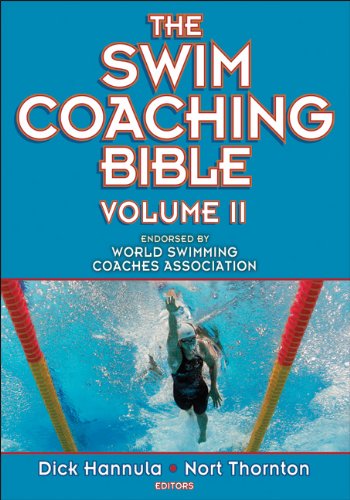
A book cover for Swim Coaching Bible, Volume II, The; Dick Hannula; Health, Fitness & Dieting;